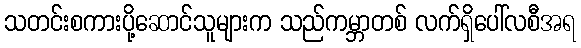
သတင်းစကားပို့ဆောင်သူများက သည်ကမ္ဘာတစ် လက်ရှိပေါ်လစီအရ